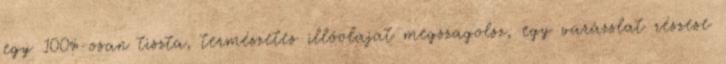
egy 100%-osan tiszta, természetes illóolajat megszagolsz, egy varázslat részese